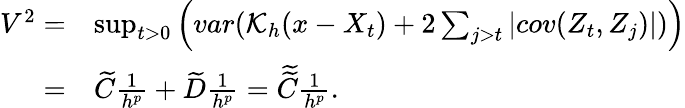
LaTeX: \begin{array}{rl}{V^{2}=}&{\operatorname*{sup}_{t>0}\Big(var(\mathcal{K}_{h}(x-X_{t})+2\sum_{j>t}|cov(Z_{t},Z_{j})|)\Big)}\\ {=}&{\widetilde{C}\frac{1}{h^{p}}+\widetilde{D}\frac{1}{h^{p}}=\widetilde{\widetilde{C}}\frac{1}{h^{p}}.}\end{array}